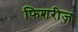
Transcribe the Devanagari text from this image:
फिशरीज़